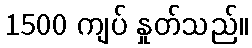
1500 ကျပ် နှုတ်သည်။